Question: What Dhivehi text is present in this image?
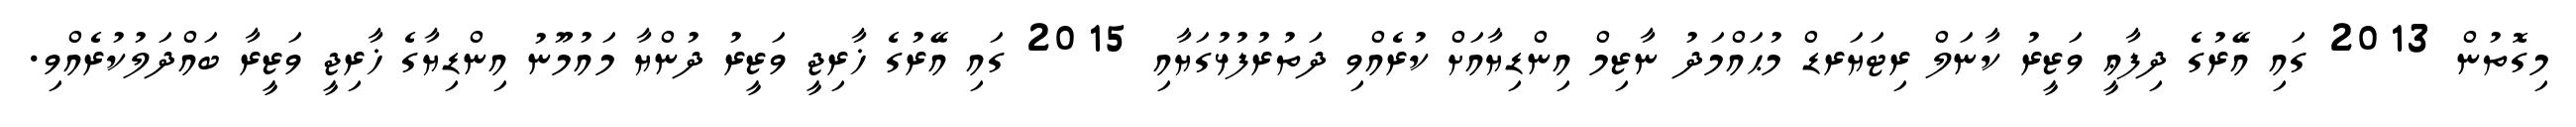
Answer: މިގޮތުން 2013 ގައި އޭރުގެ ދިފާޢީ ވަޒީރު ކާނަލް ރިޓަޔަރޑް މުޙައްމަދު ނާޒިމް އިންޑިޔާއަށް ކުރެއްވި ދަތުރުފުޅުގަޔާއި 2015 ގައި އޭރުގެ ޚާރިޖީ ވަޒީރު ދުންޔާ މައުމޫނު އިންޑިޔާގެ ޚާރިޖީ ވަޒީރާ ބައްދަލުކުރެއްވި.